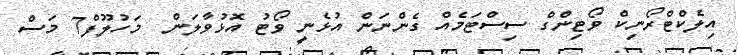
އިލެކްޓްރޯނިކް ވޯޓިންގް ސިސްޓަމެއް ގެންނަން އުޅެނީ ވޯޓު އޮޅުވާލަން  މަހުލޫފް7 މަސް